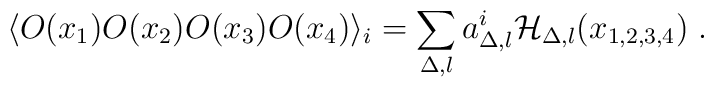
\langle O(x_1)O(x_2)O(x_3)O(x_4)\rangle_{i}=\sum_{\Delta, l} a_{\Delta, l}^{i}{\cal H}_{\Delta, l}(x_{1,2,3,4})\; .